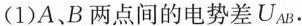
(1)A、B两点间的电势差U_{AB}.